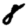
Digit: 8